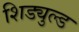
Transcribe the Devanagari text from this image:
शिड्युल्ड